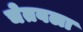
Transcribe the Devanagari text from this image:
चेतवला